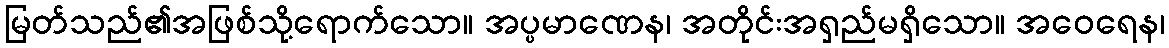
မြတ်သည်၏အဖြစ်သို့ရောက်သော။ အပ္ပမာဏေန၊ အတိုင်းအရှည်မရှိသော။ အဝေရေန၊